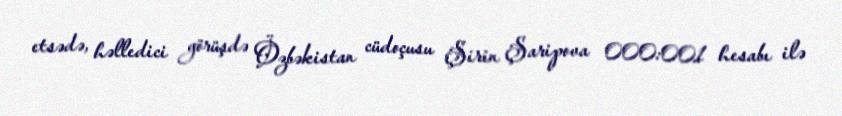
etsədə, həlledici görüşdə Özbəkistan cüdoçusu Şirin Şaripova 000:001 hesabı ilə